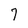
Character: 7